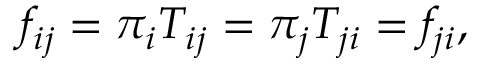
f _ { i j } = \pi _ { i } T _ { i j } = \pi _ { j } T _ { j i } = f _ { j i } ,